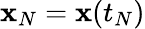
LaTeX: {\mathbf x}_{N}={\mathbf x}(t_{N})